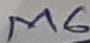
Text: M6